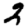
Digit: 2